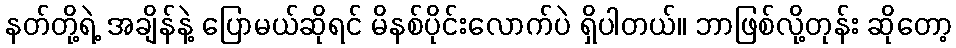
နတ်တို့ရဲ့ အချိန်နဲ့ ပြောမယ်ဆိုရင် မိနစ်ပိုင်းလောက်ပဲ ရှိပါတယ်။ ဘာဖြစ်လို့တုန်း ဆိုတော့